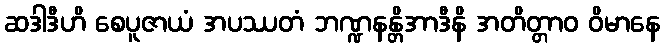
ဆဒါဒီဟိ စေပူဇာယံ အပဿတံ ဘဏ္ဍနန္တိအာဒီနိ အတိတ္တာဝ ဝိမာနေ